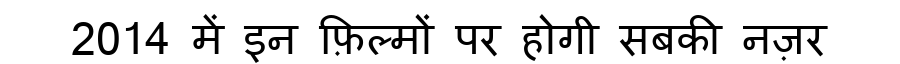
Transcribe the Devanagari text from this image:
2014 में इन फ़िल्मों पर होगी सबकी नज़र